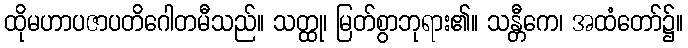
ထိုမဟာပဇာပတိဂေါတမီသည်။ သတ္ထု၊ မြတ်စွာဘုရား၏။ သန္တီကေ၊ အထံတော်၌။